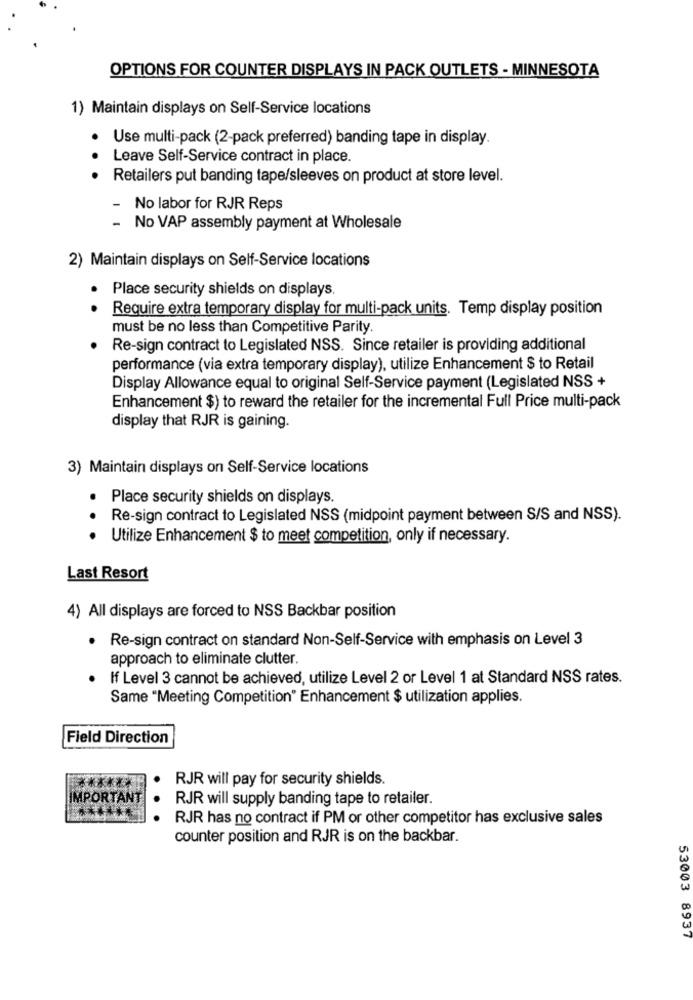
OPTIONS FOR COUNTER DISPLAYS IN PACK OUTLETS - MINNESOTA
1) Maintain displays on Self-Service locations
Use multi-pack (2-pack preferred) banding tape in display.
Leave Self-Service contract in place.
Retailers put banding tape/sleeves on product at store level.
- No labor for RJR Reps
- No VAP assembly payment at Wholesale
2) Maintain displays on Self-Service locations
Place security shields on displays.
. .
Require extra temporary display for multi-pack units. Temp display position
must be no less than Competitive Parity.
Re-sign contract to Legislated NSS. Since retailer is providing additional
performance (via extra temporary display), utilize Enhancement $ to Retail
Display Allowance equal to original Self-Service payment (Legislated NSS +
Enhancement $) to reward the retailer for the incremental Full Price multi-pack
display that RJR is gaining.
3) Maintain displays on Self-Service locations
Place security shields on displays.
..
Re-sign contract to Legislated NSS (midpoint payment between S/S and NSS).
Utilize Enhancement $ to meet competition, only if necessary.
Last Resort
4) All displays are forced to NSS Backbar position
Re-sign contract on standard Non-Self-Service with emphasis on Level 3
.
approach to eliminate clutter.
If Level 3 cannot be achieved, utilize Level 2 or Level 1 at Standard NSS rates.
Same "Meeting Competition" Enhancement $ utilization applies.
Field Direction
*******
RJR will pay for security shields.
IMPORTANT
RJR will supply banding tape to retailer.
RJR has no contract if PM or other competitor has exclusive sales
counter position and RJR is on the backbar.
53003 8937